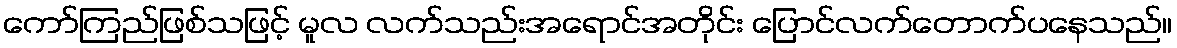
ကော်ကြည်ဖြစ်သဖြင့် မူလ လက်သည်းအရောင်အတိုင်း ပြောင်လက်တောက်ပနေသည်။